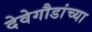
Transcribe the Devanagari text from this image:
देवेगौडांच्या